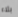
بلاء